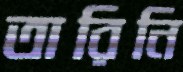
তারিনি